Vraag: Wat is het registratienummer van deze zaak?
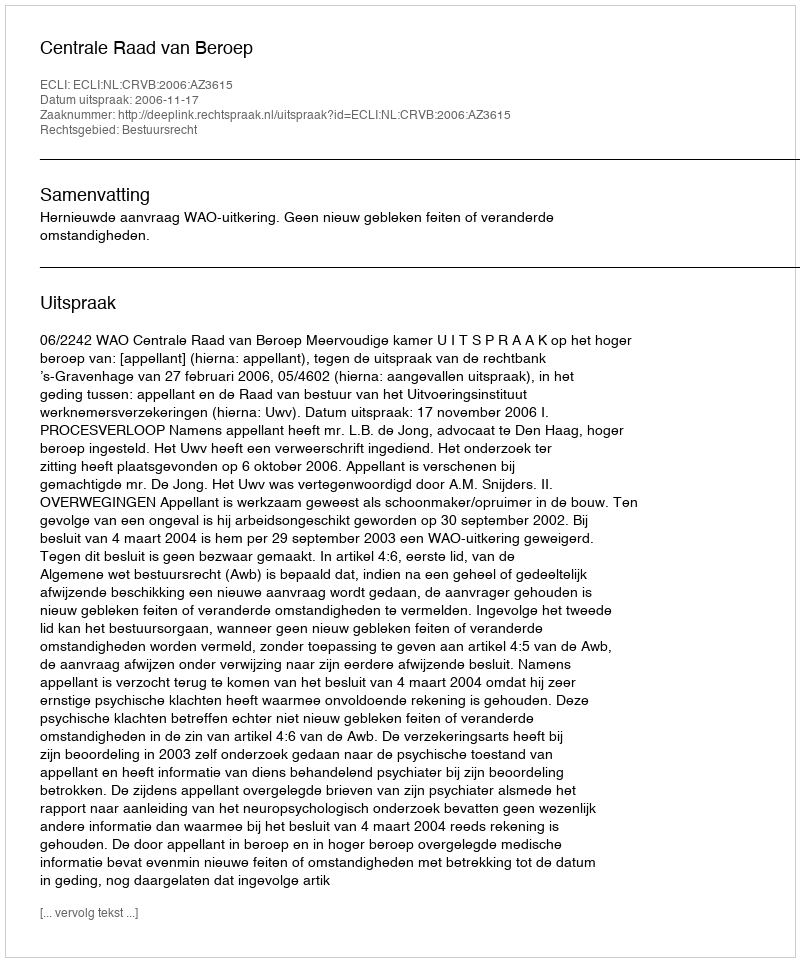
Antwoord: http://deeplink.rechtspraak.nl/uitspraak?id=ECLI:NL:CRVB:2006:AZ3615